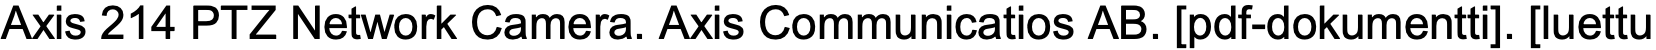
Axis 214 PTZ Network Camera. Axis Communicatios AB. [pdf-dokumentti]. [luettu